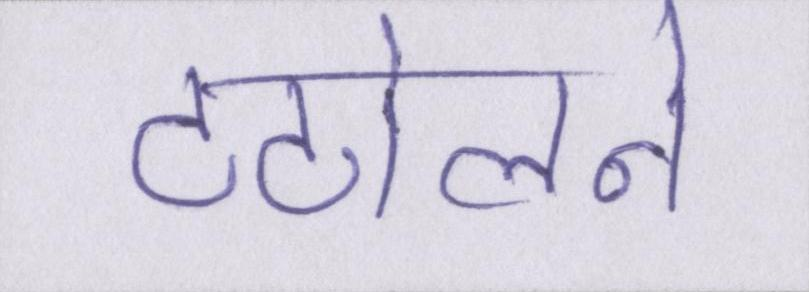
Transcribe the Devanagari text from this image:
टटोलने